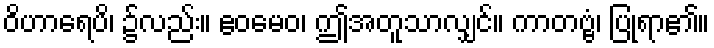
ဝိဟာရေပိ၊ ၌လည်း။ ဧဝမေဝ၊ ဤအတူသာလျှင်။ ကာတဗ္ဗံ၊ ပြုရာ၏။